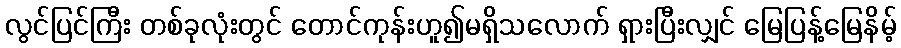
လွင်ပြင်ကြီး တစ်ခုလုံးတွင် တောင်ကုန်းဟူ၍မရှိသလောက် ရှားပြီးလျှင် မြေပြန့်မြေနိမ့်